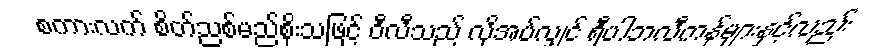
စကားလက် စိတ်ညစ်မည်စိုးသဖြင့် ဝီလီသည် လိုအပ်လျှင် ရီပါဘလီကန်များနှင့်လည်း